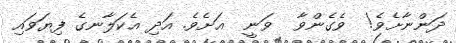
ދަންނާށެވެ!  ވެގެންވާ  ވަނީ  އަށެވެ. އަދި އެކަލާނގެ ފިޔަވައި